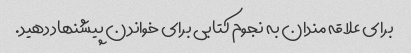
برای علاقه مندان به نجوم کتابی برای خواندن پیشنهاد دهید.